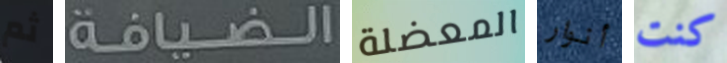
ثم الضيافة المعضلة أنوار كنت